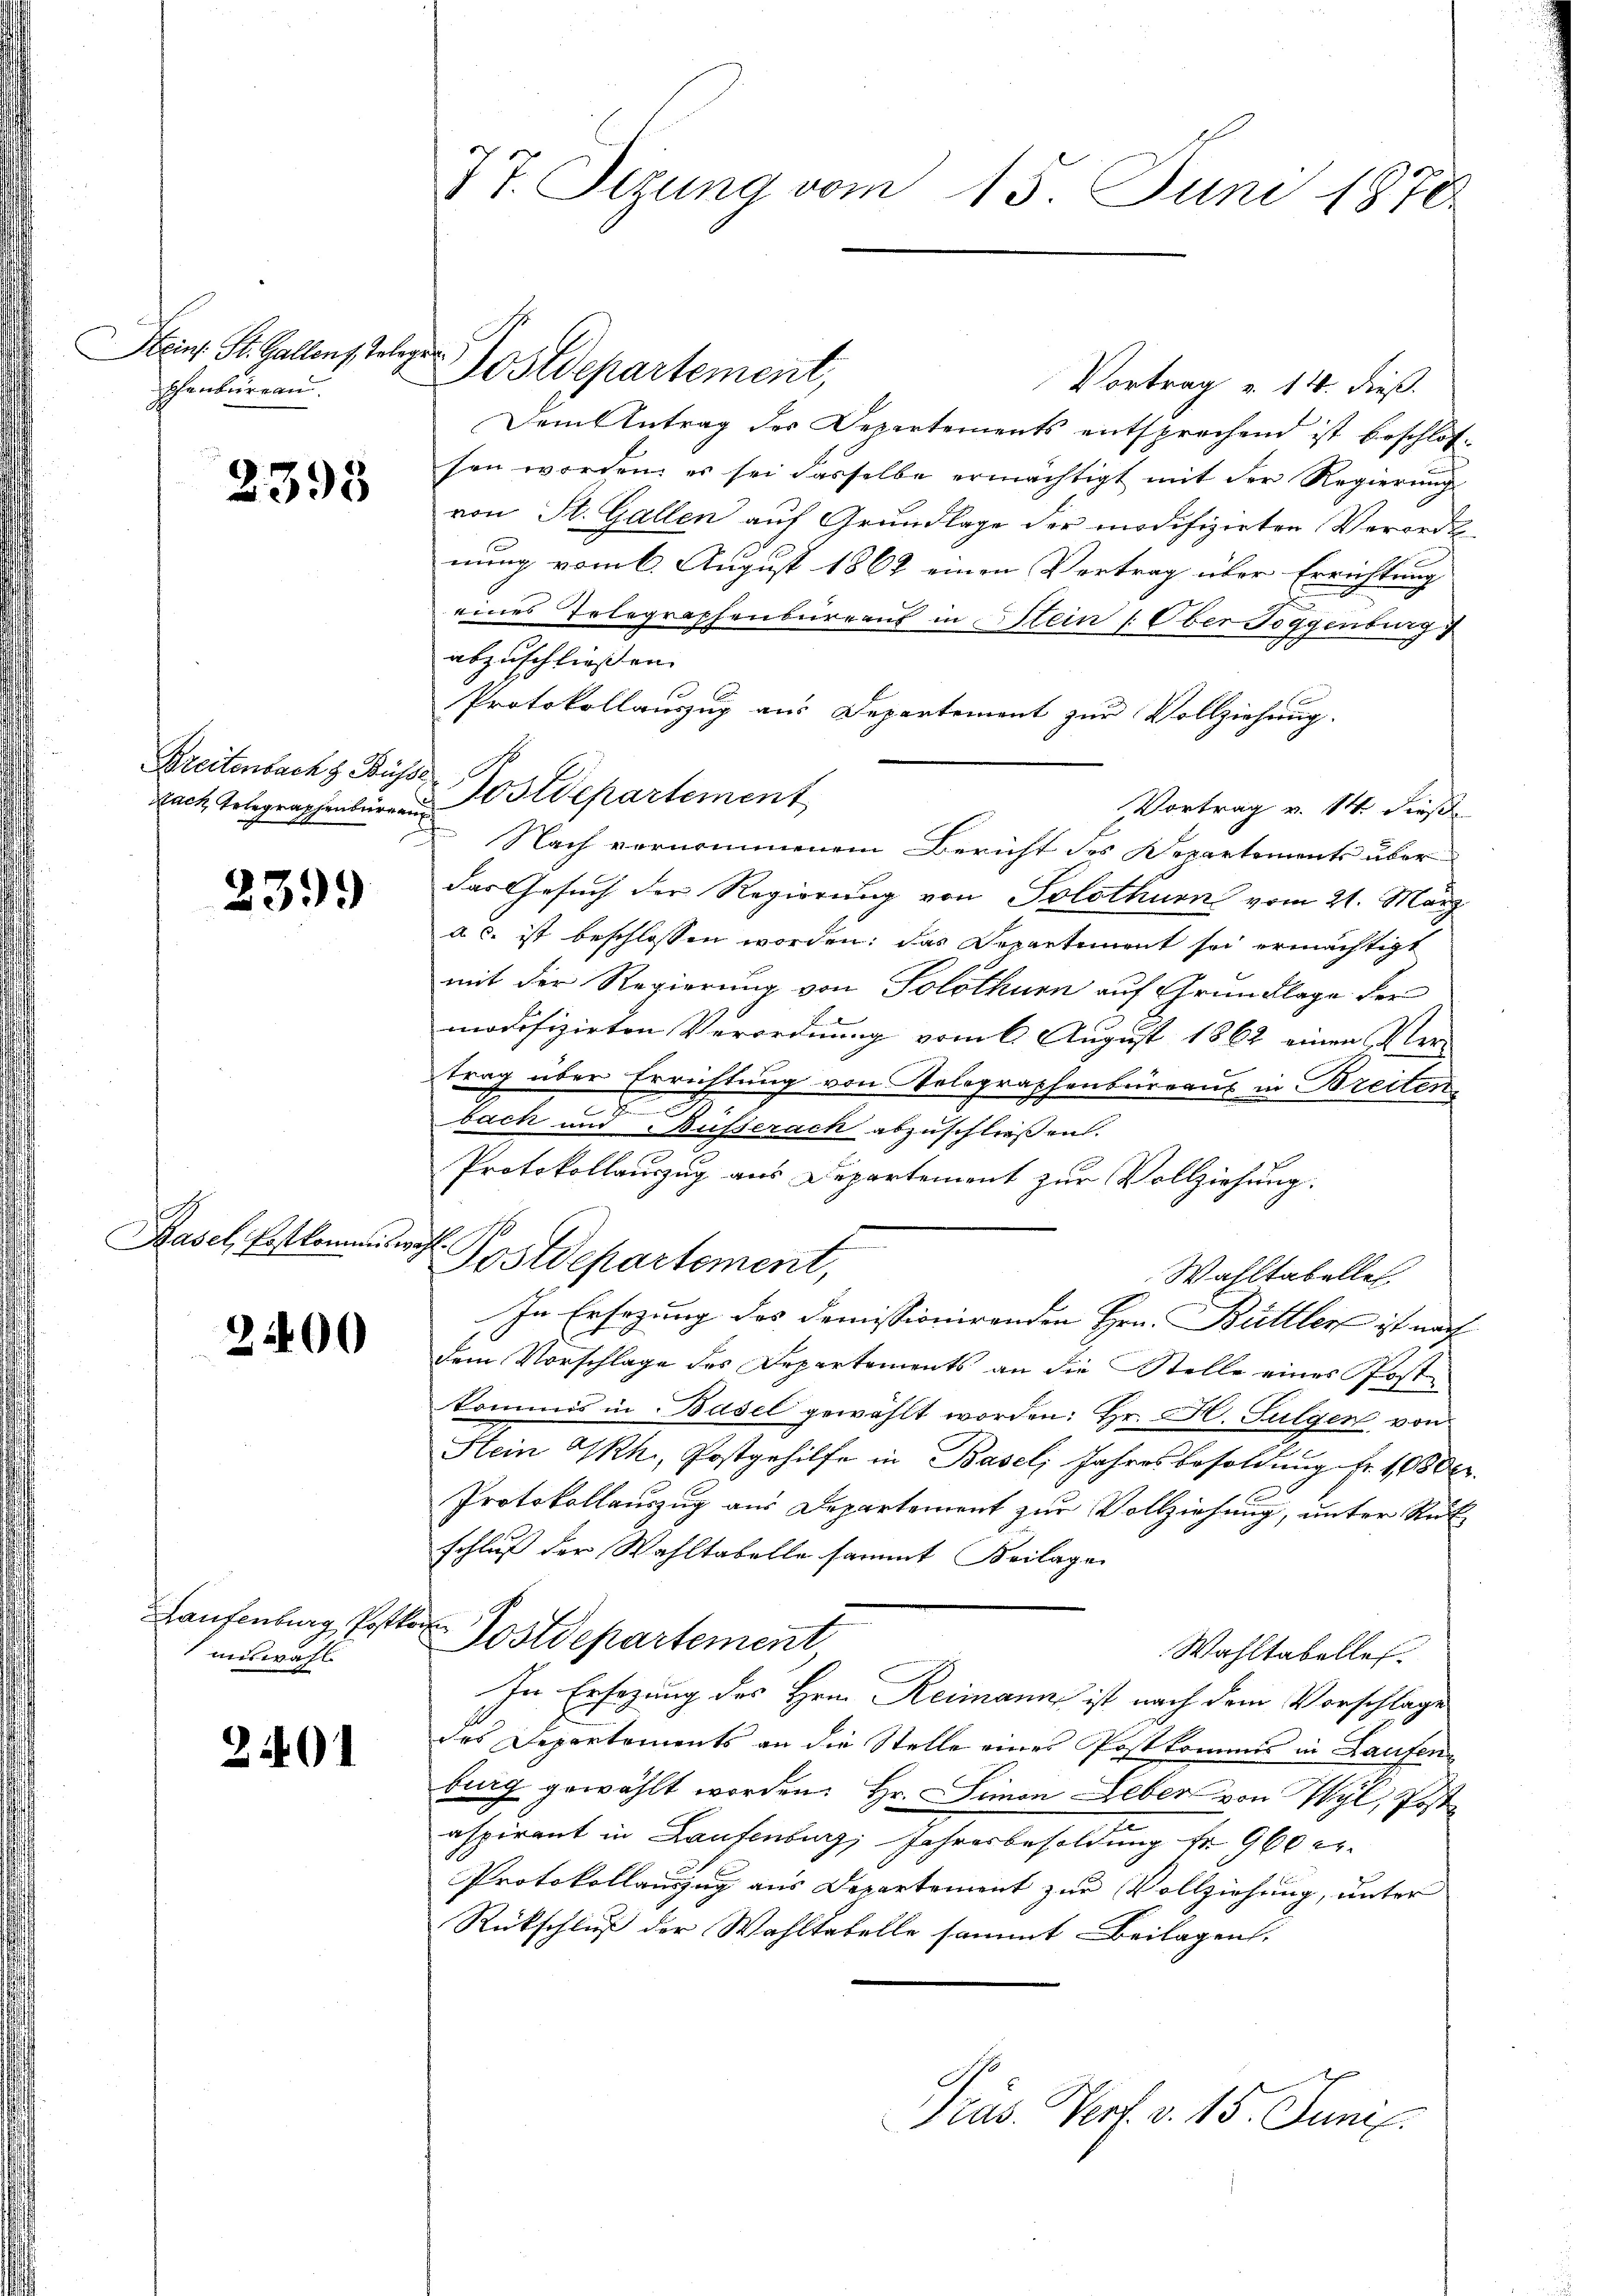
Heins. St. Gallens, Telege
phenbureau.

2395

Breitenbacht Büsse

2399

Basel, Postkommis

2400

Haufenburg, Post.
auswahl

2401

77. Sizung vom 15. Juni 1878

Postdepartement,

Vortrag v. 14. dieß.
Dem Antrag der Departements entsprechend ist beschlos-
sen worden, es sei dasselbe ermächtigt mit der Regierung
von St. Gallen auf Grundlage der modifizirten Verorde
nung vom 6. August 1867 einen Vertrag über Errichtung
eines Telegraphenbureaus in Stein (Ober Toggenburg
abzuschliessen. |
Protokollauszug aus Departement zur Vollziehung.
Vortrag v. 14 dieß
Nach vernommenem Bericht des Departements über
das Gesuch der Regierung von Solothurn vom 21. März
a c. ist beschlossen worden; das Departement sei ermächtigt
mit der Regierung von Solothurn auf Grundlage der
s
modifizirten Verordnung vom 6. August 1862 einen Ver-
trag über Errichtung von Telegraphenbureaus in Breiten
b
bach und Busserach abzuschliessen.
Protokollauszug aus Departement zur Vollziehung.
h
Postdepartement,
Wahltabelle
In Ersezung des Domissionirenden Hrn. Büttler ist nach
dem Vorschlage des Departements an die Stelle eines Postkommis in Basel gewählt worden: Hr. H. Sulgen, von
Stein Skh., Postgehilfe in Baseli Jahresbesoldung fr. 1080
Protokollauszug aus Departement zur Vollziehung, unter Rut
schluß der Wahltabelle sammt Beilage
Postdepartement,
Wahltabelles.
In Ersezung des Hrn. Reimann ist nach dem Vorschlage
des Departements an die Stelle eines Postkommis in Laufen
burg gewählt worden. Hr. Simon Leber von Wyl, Poste
aspirant in Laufenburg, Jahresbesoldung fr. 960 Fr.
Protokollauszug aus Departement zur Vollziehung, unter
Rückschluß der Wahltatelle sammt Beilagen.
Präs. Verf. v. 15. Juni.

Nach Telegraphenbürger Postdepartement